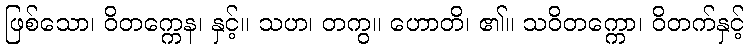
ဖြစ်သော၊ ဝိတက္ကေန၊ နှင့်။ သဟ၊ တကွ။ ဟောတိ၊ ၏။ သဝိတက္ကော၊ ဝိတက်နှင့်